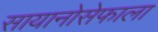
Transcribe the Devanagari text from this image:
सायानोसेफाला